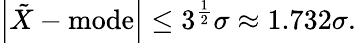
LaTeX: \left|{\tilde{X}}-\mathrm{mode}\right|\leq 3^{\frac{1}{2}}\sigma\approx 1.732\sigma.